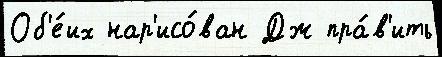
Об'е́их нар'исо́ван Дж пра́в'ить